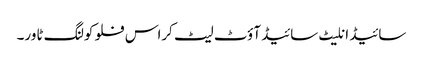
سائیڈ انلیٹ سائیڈ آؤٹ لیٹ کراس فلو کولنگ ٹاور۔